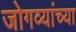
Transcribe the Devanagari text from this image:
जोगव्यांच्या